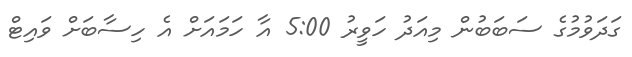
ގަދަވުމުގެ ސަބަބުން މިއަދު ހަވީރު 5:00 އާ ހަމައަށް އެ ހިސާބަށް ވައިޓް